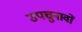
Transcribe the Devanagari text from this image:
उपचुनावों